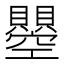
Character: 𧸵